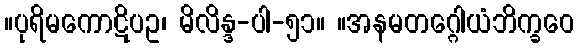
။ပုရိမကောဋိပဥ၊ မိလိန္ဒ-ပါ-၅၁။ ။အနမတဂ္ဂေါယံဘိက္ခဝေ